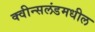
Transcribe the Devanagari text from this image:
क्वीन्सलंडमधील